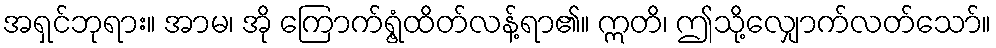
အရှင်ဘုရား။ အာမ၊ အို ကြောက်ရွံ့ထိတ်လန့်ရာ၏။ ဣတိ၊ ဤသို့လျှောက်လတ်သော်။